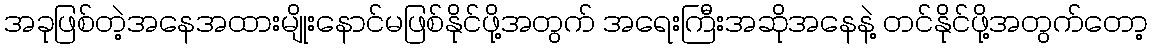
အခုဖြစ်တဲ့အနေအထားမျိုးနောင်မဖြစ်နိုင်ဖို့အတွက် အရေးကြီးအဆိုအနေနဲ့ တင်နိုင်ဖို့အတွက်တော့